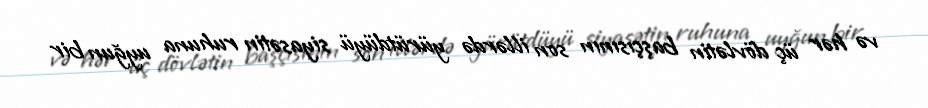
və hər üç dövlətin başçısının son illərdə yürütdüyü siyasətin ruhuna uyğun bir